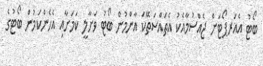
ބޯޓު އެއަރޕޯޓަށް ޖެއްސުމާއެކު އެތައްސަތޭކަ އާންމުން ބޯޓު ވަށާލީ ކަމަށާއި އެހެންކަމުން ބޯޓުގެ